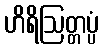
ဟိရိဩတ္တပ္ပံ